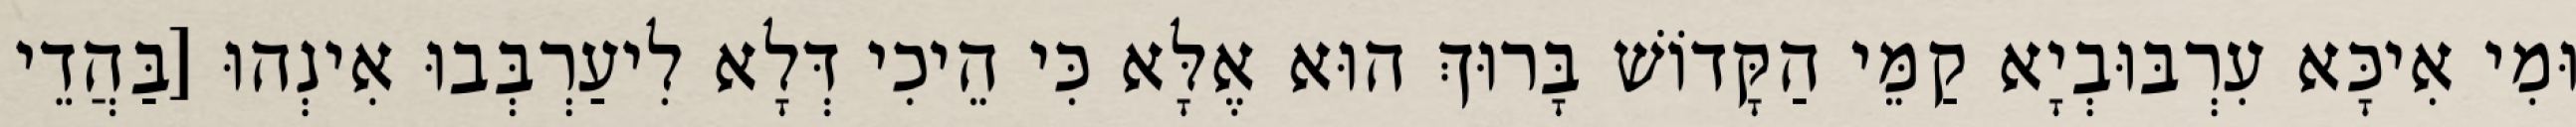
וּמִי אִיכָּא עִרְבּוּבְיָא קַמֵּי הַקָּדוֹשׁ בָּרוּךְ הוּא אֶלָּא כִּי הֵיכִי דְּלָא לִיעַרְבְּבוּ אִינְהוּ [בַּהֲדֵי